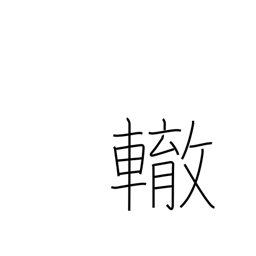
Meaning: wheel track